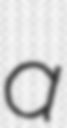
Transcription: a